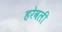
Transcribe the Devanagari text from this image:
हरेवली